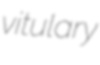
vitulary